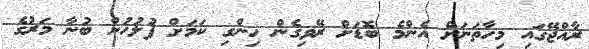
ރާއްޖޭގައި މިހާތަނަށް އެންމެ ބޮޑަށް ރޭވިގެން ހިންގި ކަމަށް ފުލުހުން ބުނާ މަރުގެ